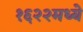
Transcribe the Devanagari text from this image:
१६२२मध्ये